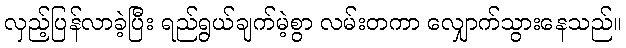
လှည့်ပြန်လာခဲ့ပြီး ရည်ရွယ်ချက်မဲ့စွာ လမ်းတကာ လျှောက်သွားနေသည်။